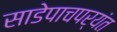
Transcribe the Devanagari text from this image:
साडेपाचपर्यंत